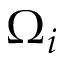
\Omega _ { i }